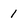
Character: 1